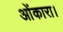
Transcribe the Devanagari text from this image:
ओंकारा।